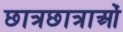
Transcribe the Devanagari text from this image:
छात्रछात्राओं